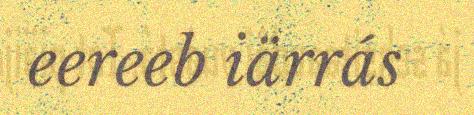
eereeb iärrás